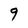
Character: 9